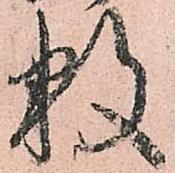
数